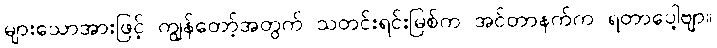
များသောအားဖြင့် ကျွန်တော့်အတွက် သတင်းရင်းမြစ်က အင်တာနက်က ရတာပေါ့ဗျာ။